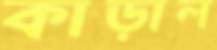
কাড়াল